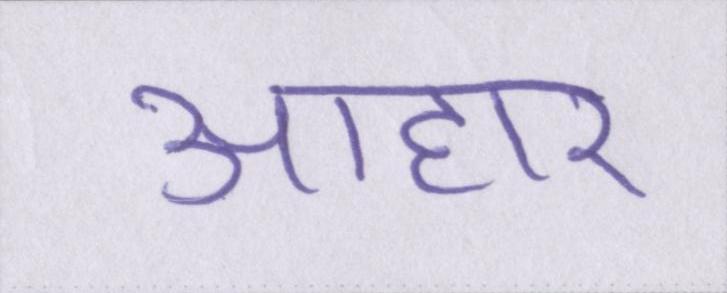
आहार